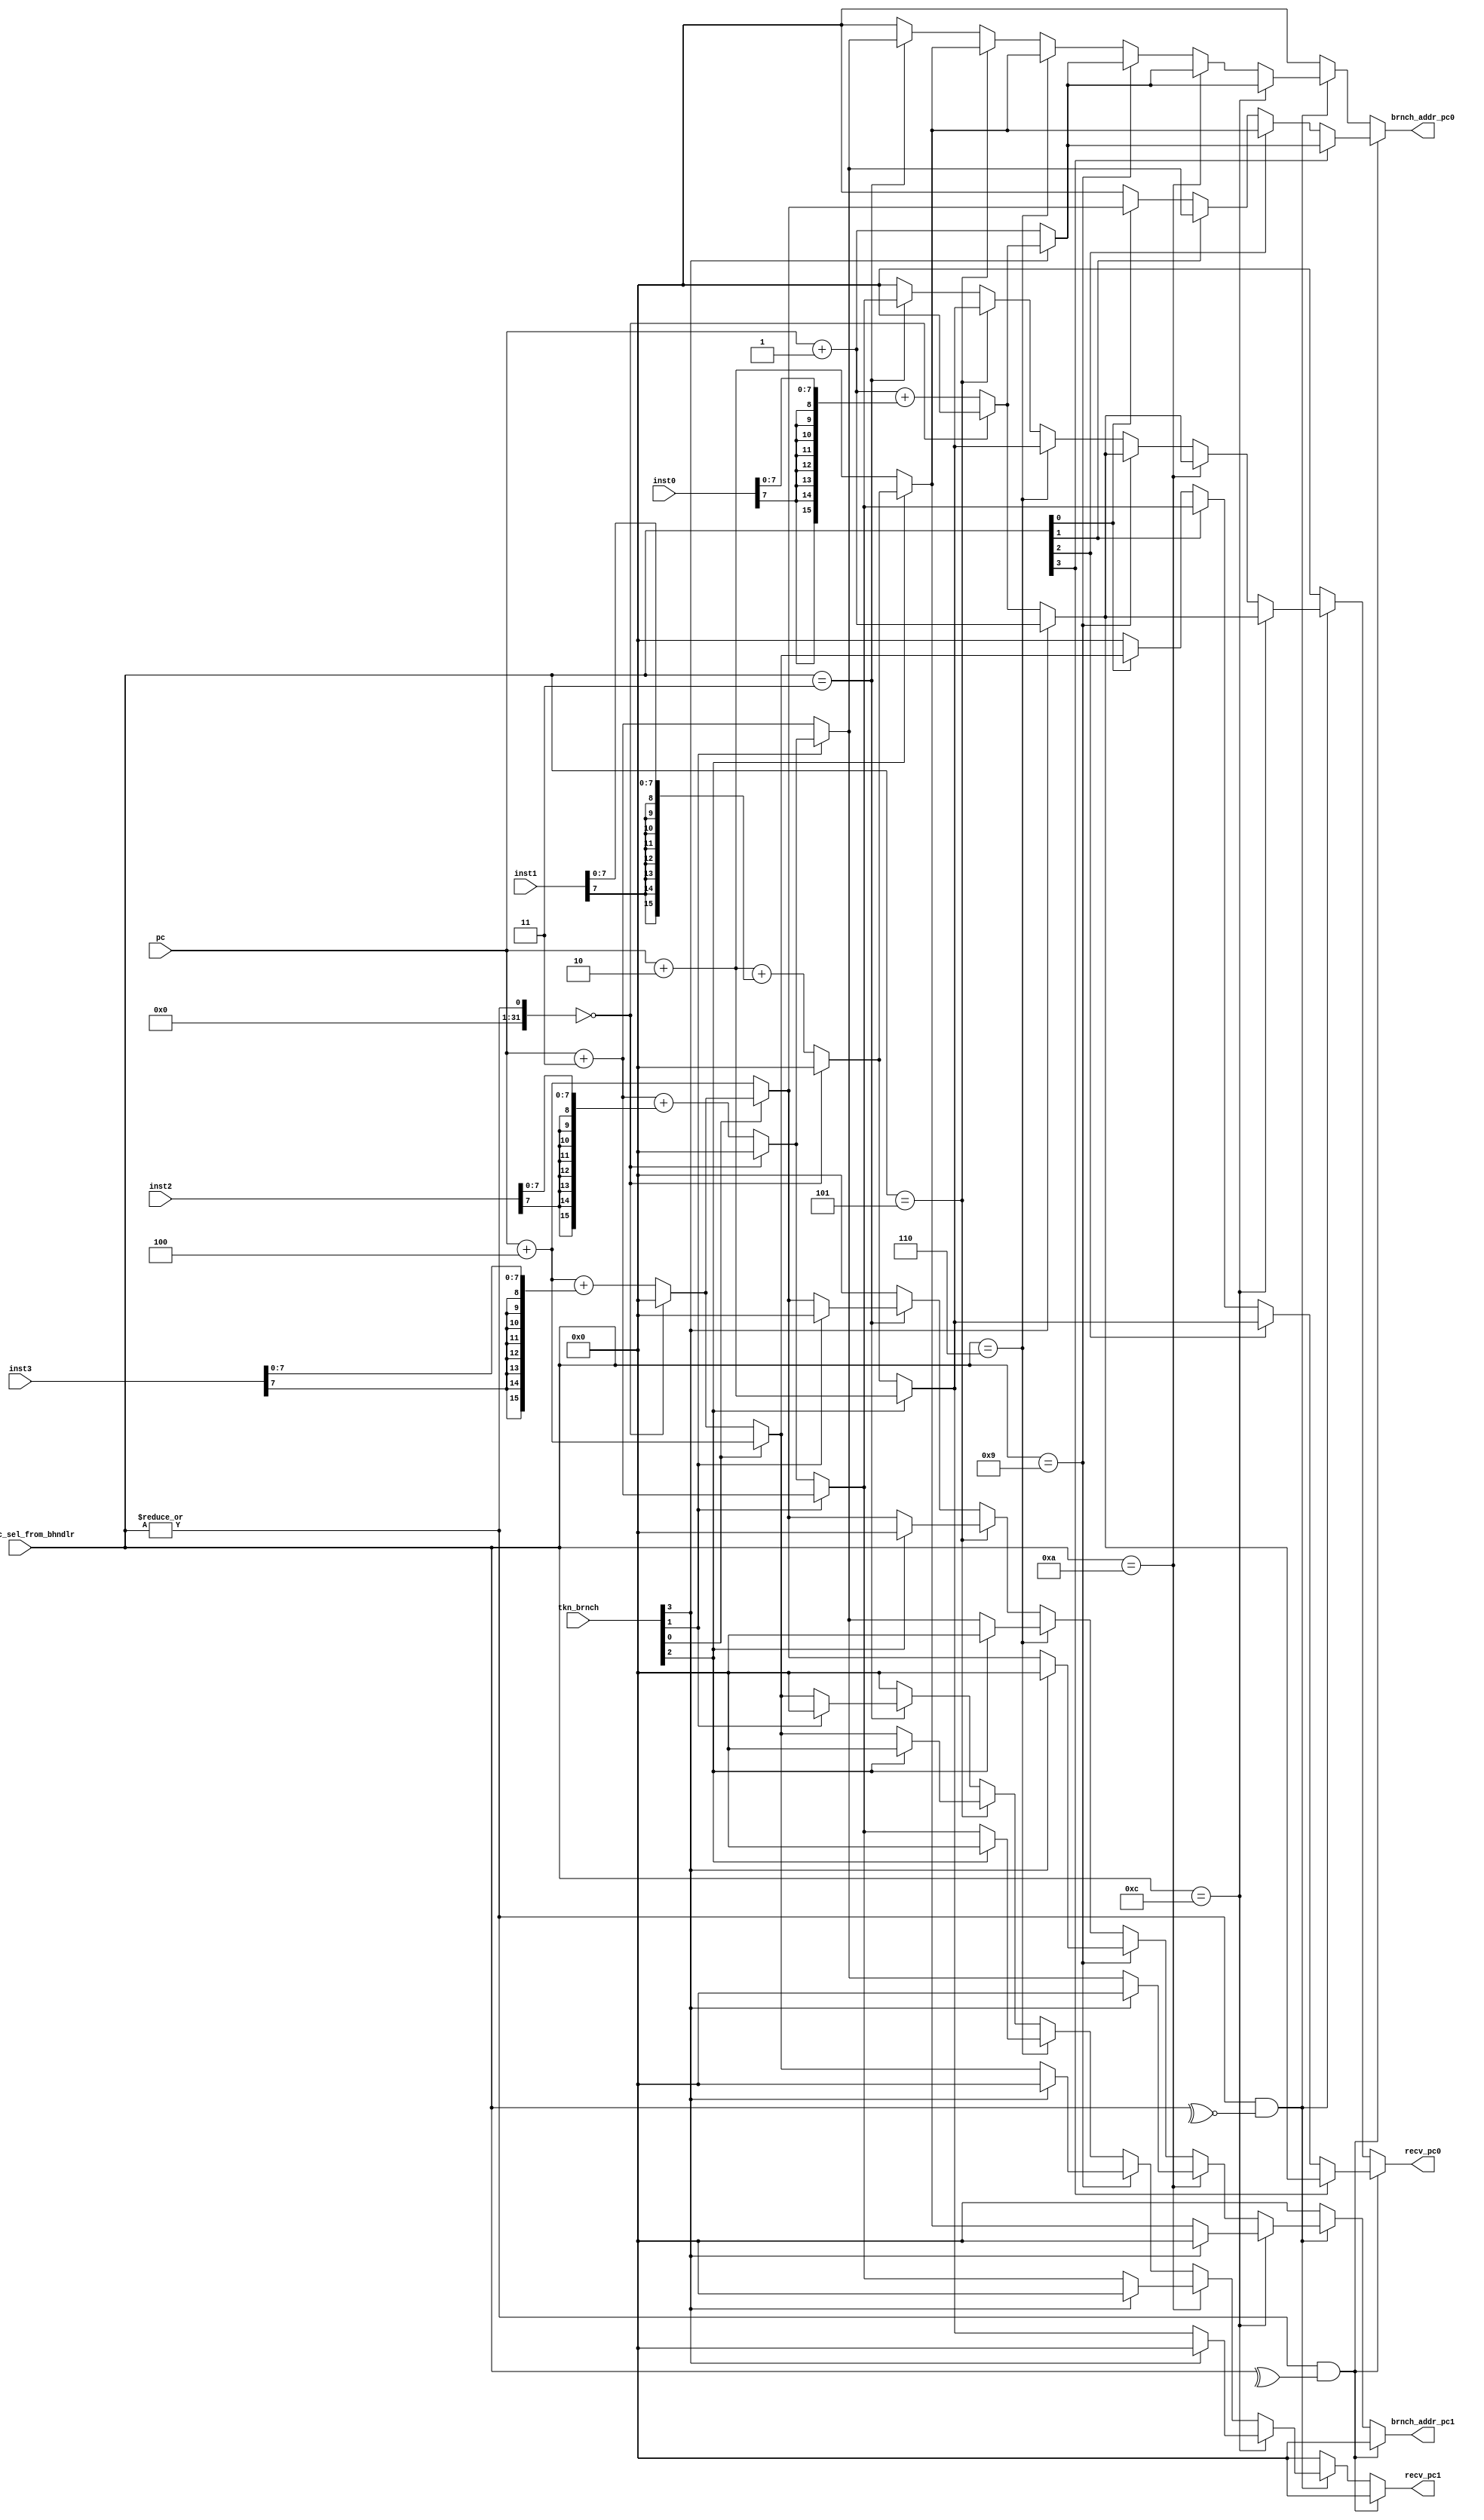
`timescale 1ns / 1ps
//////////////////////////////////////////////////////////////////////////////////
// Company: 
// Engineer: 
// 
// Design Name: 
// Module Name:    branchAddrCalculator 
// Project Name: 
// Target Devices: 
// Tool versions: 
// Description: 
//
// Dependencies: 
//
// Revision: 
// Revision 0.01 - File Created
// Additional Comments: 
//
//////////////////////////////////////////////////////////////////////////////////
module branchAddrCalculator(
			    input [3:0]       brnch_pc_sel_from_bhndlr,//choose which pc of the instruction to calculate
			    input [15:0]      inst0,
			    input [15:0]      inst1,
			    input [15:0]      inst2,
			    input [15:0]      inst3,
			    input [3:0]       tkn_brnch,
			    input [15:0]      pc,
			    output reg [15:0] brnch_addr_pc0,
			    output reg [15:0] brnch_addr_pc1,
			    output reg [15:0] recv_pc0,
			    output reg [15:0] recv_pc1
			    );

   //internal signal
   wire [15:0] 				      immd_brnch0,immd_brnch1,immd_brnch2,immd_brnch3;
   reg [15:0] 				      brnch_target_addr0,brnch_target_addr1,brnch_target_addr2,brnch_target_addr3;

   assign immd_brnch0={{8{inst0[7]}},inst0[7:0]};
   assign immd_brnch1={{8{inst1[7]}},inst1[7:0]};
   assign immd_brnch2={{8{inst2[7]}},inst2[7:0]};
   assign immd_brnch3={{8{inst3[7]}},inst3[7:0]};

   //calculate branch target address not matter it is taken or not
   //because this will be used as recovery PC when misprediction occurs
   always@(*)
     if((|brnch_pc_sel_from_bhndlr)==0)//no branch inst
       begin
          brnch_target_addr0=16'b0;
          brnch_target_addr1=16'b0;
          brnch_target_addr2=16'b0;
          brnch_target_addr3=16'b0;
       end else begin
          brnch_target_addr0=pc+1+immd_brnch0;
          brnch_target_addr1=pc+2+immd_brnch1;

          brnch_target_addr2=pc+3+immd_brnch2;
          brnch_target_addr3=pc+4+immd_brnch3;
       end


   //use taken signal to select output
   always@(*)begin
      brnch_addr_pc0=16'b0;
      recv_pc0=16'b0;
      brnch_addr_pc1=16'b0;
      recv_pc1=16'b0;
      if((|brnch_pc_sel_from_bhndlr)&&(^brnch_pc_sel_from_bhndlr))begin//if one bran instruction 
	 brnch_addr_pc1=16'b0;
	 recv_pc1=16'b0;
	 if(brnch_pc_sel_from_bhndlr[3]==1)
	   if(tkn_brnch[3]==1)begin
	      brnch_addr_pc0=brnch_target_addr0;
	      recv_pc0=pc+1;
	   end
	   else begin
	      brnch_addr_pc0=pc+1;
	      recv_pc0=brnch_target_addr0;
	   end
	 else if(brnch_pc_sel_from_bhndlr[2]==1)begin
	    if(tkn_brnch[2]==1)begin
	       brnch_addr_pc0=brnch_target_addr1;
	       recv_pc0=pc+2;
	    end
	    else begin
	       brnch_addr_pc0=pc+2;
	       recv_pc0=brnch_target_addr1;
	    end

	 end else if(brnch_pc_sel_from_bhndlr[1]==1)begin
	    if(tkn_brnch[1]==1)begin
	       brnch_addr_pc0=brnch_target_addr2;
	       recv_pc0=pc+3;
	    end
	    else begin
	       brnch_addr_pc0=pc+3;
	       recv_pc0=brnch_target_addr2;
	    end
	 end else if(brnch_pc_sel_from_bhndlr[0]==1)begin
	    if(tkn_brnch[0]==1)begin
	       brnch_addr_pc0=brnch_target_addr3;
	       recv_pc0=pc+4;
	    end
	    else begin
	       brnch_addr_pc0=pc+4;
	       recv_pc0=brnch_target_addr3;
	    end
	 end 

      end else if((|brnch_pc_sel_from_bhndlr)&&(~^brnch_pc_sel_from_bhndlr))begin//two branches
	 if(brnch_pc_sel_from_bhndlr==4'b1100)begin
	    if(tkn_brnch[3]==1)//first one taken, no need send pc for second one
	      begin
		 brnch_addr_pc0=brnch_target_addr0;
		 recv_pc0=pc+1;
		 brnch_addr_pc1=16'b0;
		 recv_pc1=16'b0;
	      end
	    else if(tkn_brnch[2]==1)//first one not taken
	      begin
		 brnch_addr_pc0=pc+1;
		 recv_pc0=brnch_target_addr0;
		 brnch_addr_pc1=brnch_target_addr1;
		 recv_pc1=pc+2;
	      end
	    else begin
	       brnch_addr_pc0=pc+1;
	       recv_pc0=brnch_target_addr0;
	       brnch_addr_pc1=pc+2;
	       recv_pc1=brnch_target_addr1;
	    end
	 end
	 else if(brnch_pc_sel_from_bhndlr==4'b1010)begin
	    if(tkn_brnch[3]==1)//first one taken, no need send pc for second one
	      begin
		 brnch_addr_pc0=brnch_target_addr0;
		 recv_pc0=pc+1;
		 brnch_addr_pc1=16'b0;
		 recv_pc1=16'b0;
	      end
	    else if(tkn_brnch[1]==1)//first one not taken
	      begin
		 brnch_addr_pc0=pc+1;
		 recv_pc0=brnch_target_addr0;
		 brnch_addr_pc1=brnch_target_addr2;
		 recv_pc1=pc+3;
	      end
	    else begin
	       brnch_addr_pc0=pc+1;
	       recv_pc0=brnch_target_addr0;
	       brnch_addr_pc1=pc+3;
	       recv_pc1=brnch_target_addr2;
	    end
	 end
	 else if(brnch_pc_sel_from_bhndlr==4'b1001)begin
	    if(tkn_brnch[3]==1)//first one taken, no need send pc for second one
	      begin
		 brnch_addr_pc0=brnch_target_addr0;
		 recv_pc0=pc+1;
		 brnch_addr_pc1=16'b0;
		 recv_pc1=16'b0;
	      end
	    else if(tkn_brnch[0]==1)//first one not taken
	      begin
		 brnch_addr_pc0=pc+1;
		 recv_pc0=brnch_target_addr0;
		 brnch_addr_pc1=brnch_target_addr3;
		 recv_pc1=pc+4;
	      end
	    else begin
	       brnch_addr_pc0=pc+1;
	       recv_pc0=brnch_target_addr0;
	       brnch_addr_pc1=pc+4;
	       recv_pc1=brnch_target_addr3;
	    end

	 end
	 else if(brnch_pc_sel_from_bhndlr==4'b0110)begin
	    if(tkn_brnch[2]==1)//first one taken, no need send pc for second one
	      begin
		 brnch_addr_pc0=brnch_target_addr1;
		 recv_pc0=pc+2;
		 brnch_addr_pc1=16'b0;
		 recv_pc1=16'b0;
	      end
	    else if(tkn_brnch[1]==1)//first one not taken
	      begin
		 brnch_addr_pc0=pc+2;
		 recv_pc0=brnch_target_addr1;
		 brnch_addr_pc1=brnch_target_addr2;
		 recv_pc1=pc+3;
	      end
	    else begin
	       brnch_addr_pc0=pc+2;
	       recv_pc0=brnch_target_addr1;
	       brnch_addr_pc1=pc+3;
	       recv_pc1=brnch_target_addr2;
	    end
	 end
	 else if(brnch_pc_sel_from_bhndlr==4'b0101)begin

	    if(tkn_brnch[2]==1)//first one taken, no need send pc for second one
	      begin
		 brnch_addr_pc0=brnch_target_addr1;
		 recv_pc0=pc+2;
		 brnch_addr_pc1=16'b0;
		 recv_pc1=16'b0;
	      end
	    else if(tkn_brnch[0]==1)//first one not taken
	      begin
		 brnch_addr_pc0=pc+2;
		 recv_pc0=brnch_target_addr1;
		 brnch_addr_pc1=brnch_target_addr3;
		 recv_pc1=pc+4;
	      end
	    else begin
	       brnch_addr_pc0=pc+2;
	       recv_pc0=brnch_target_addr1;
	       brnch_addr_pc1=pc+4;
	       recv_pc1=brnch_target_addr3;
	    end
	 end
	 else if(brnch_pc_sel_from_bhndlr==4'b0011)begin

	    if(tkn_brnch[1]==1)//first one taken, no need send pc for second one
	      begin
		 brnch_addr_pc0=brnch_target_addr2;
		 recv_pc0=pc+3;
		 brnch_addr_pc1=16'b0;
		 recv_pc1=16'b0;
	      end
	    else if(tkn_brnch[0]==1)//first one not taken
	      begin
		 brnch_addr_pc0=pc+3;
		 recv_pc0=brnch_target_addr2;
		 brnch_addr_pc1=brnch_target_addr3;
		 recv_pc1=pc+4;
	      end
	    else begin
	       brnch_addr_pc0=pc+3;
	       recv_pc0=brnch_target_addr2;
	       brnch_addr_pc1=pc+4;
	       recv_pc1=brnch_target_addr3;
	    end

	 end
      end//two branch
      else
	begin
	   brnch_addr_pc0=16'b0;
	   recv_pc0=16'b0;
	   brnch_addr_pc1=16'b0;
	   recv_pc1=16'b0;
	end
   end//always


endmodule